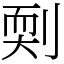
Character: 㓴